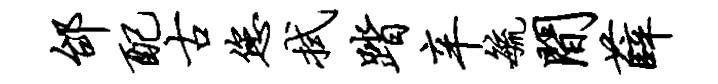
邰配古您拭踏辛毓间薛